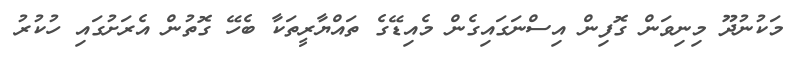
މަކުނުދޫ މިނިވަން ގޮފިން އިސްނަގައިގެން މެއިޑޭގެ ތައްޔާރީތަކާ ބެހޭ ގޮތުން އެރަށުގައި ހުކުރު